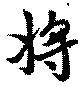
将